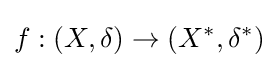
f:(X,\delta )\to \left(X^{*},\delta ^{*}\right)